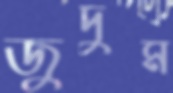
জুদুম